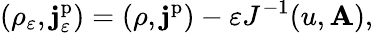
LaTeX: (\rho_{\varepsilon},\mathbf{j}_{\varepsilon}^{\mathrm{p}})=(\rho,\mathbf{j}^{\mathrm{p}})-\varepsilon J^{-1}(u,\mathbf{A}),